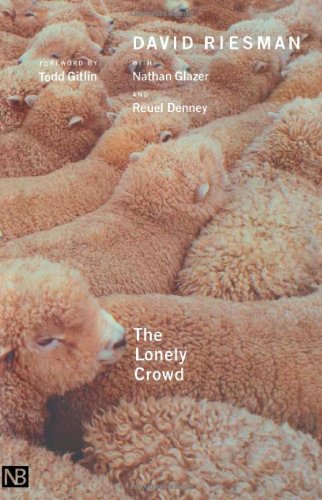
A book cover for The Lonely Crowd, Revised edition: A Study of the Changing American Character; David Riesman; Medical Books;